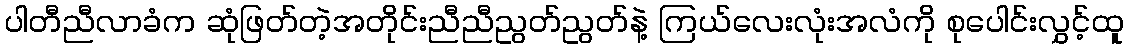
ပါတီညီလာခံက ဆုံဖြတ်တဲ့အတိုင်းညီညီညွတ်ညွတ်နဲ့ ကြယ်လေးလုံးအလံကို စုပေါင်းလွှင့်ထူ